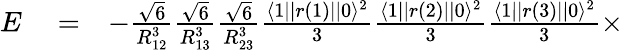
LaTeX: \begin{array}{rlr}{E}&{{}=}&{-\frac{\sqrt{6}}{R_{12}^{3}}\frac{\sqrt{6}}{R_{13}^{3}}\frac{\sqrt{6}}{R_{23}^{3}}\frac{\langle 1||r(1)||0\rangle^{2}}{3}\frac{\langle 1||r(2)||0\rangle^{2}}{3}\frac{\langle 1||r(3)||0\rangle^{2}}{3}\times}\end{array}